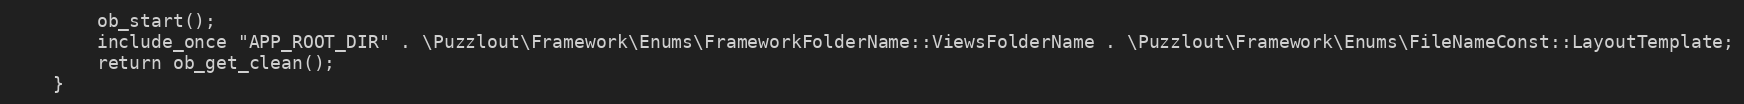
Language: PHP
        ob_start();
        include_once "APP_ROOT_DIR" . \Puzzlout\Framework\Enums\FrameworkFolderName::ViewsFolderName . \Puzzlout\Framework\Enums\FileNameConst::LayoutTemplate;
        return ob_get_clean();
    }